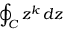
\oint _ { C } z ^ { k } \, d z